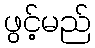
ဖွင့်မည်